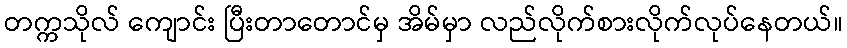
တက္ကသိုလ် ကျောင်း ပြီးတာတောင်မှ အိမ်မှာ လည်လိုက်စားလိုက်လုပ်နေတယ်။